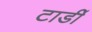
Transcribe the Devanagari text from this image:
टार्डी